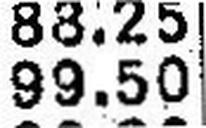
99.50